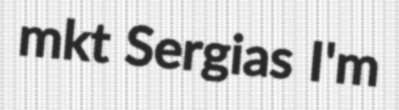
mkt Sergias I'm